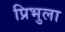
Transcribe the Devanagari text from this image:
प्रिभुला